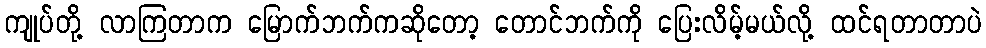
ကျုပ်တို့ လာကြတာက မြောက်ဘက်ကဆိုတော့ တောင်ဘက်ကို ပြေးလိမ့်မယ်လို့ ထင်ရတာတာပဲ